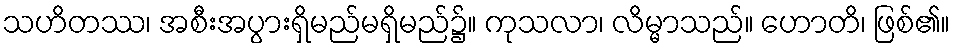
သဟိတဿ၊ အစီးအပွားရှိမည်မရှိမည်၌။ ကုသလာ၊ လိမ္မာသည်။ ဟောတိ၊ ဖြစ်၏။